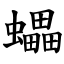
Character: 蠝